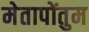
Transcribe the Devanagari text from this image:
मेतापोंतुम